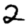
Digit: 2